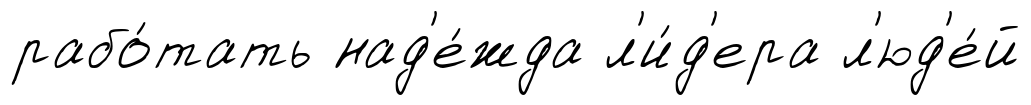
рабо́тать над'е́жда л'и́д'ера л'юд'е́й